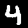
Digit: 4